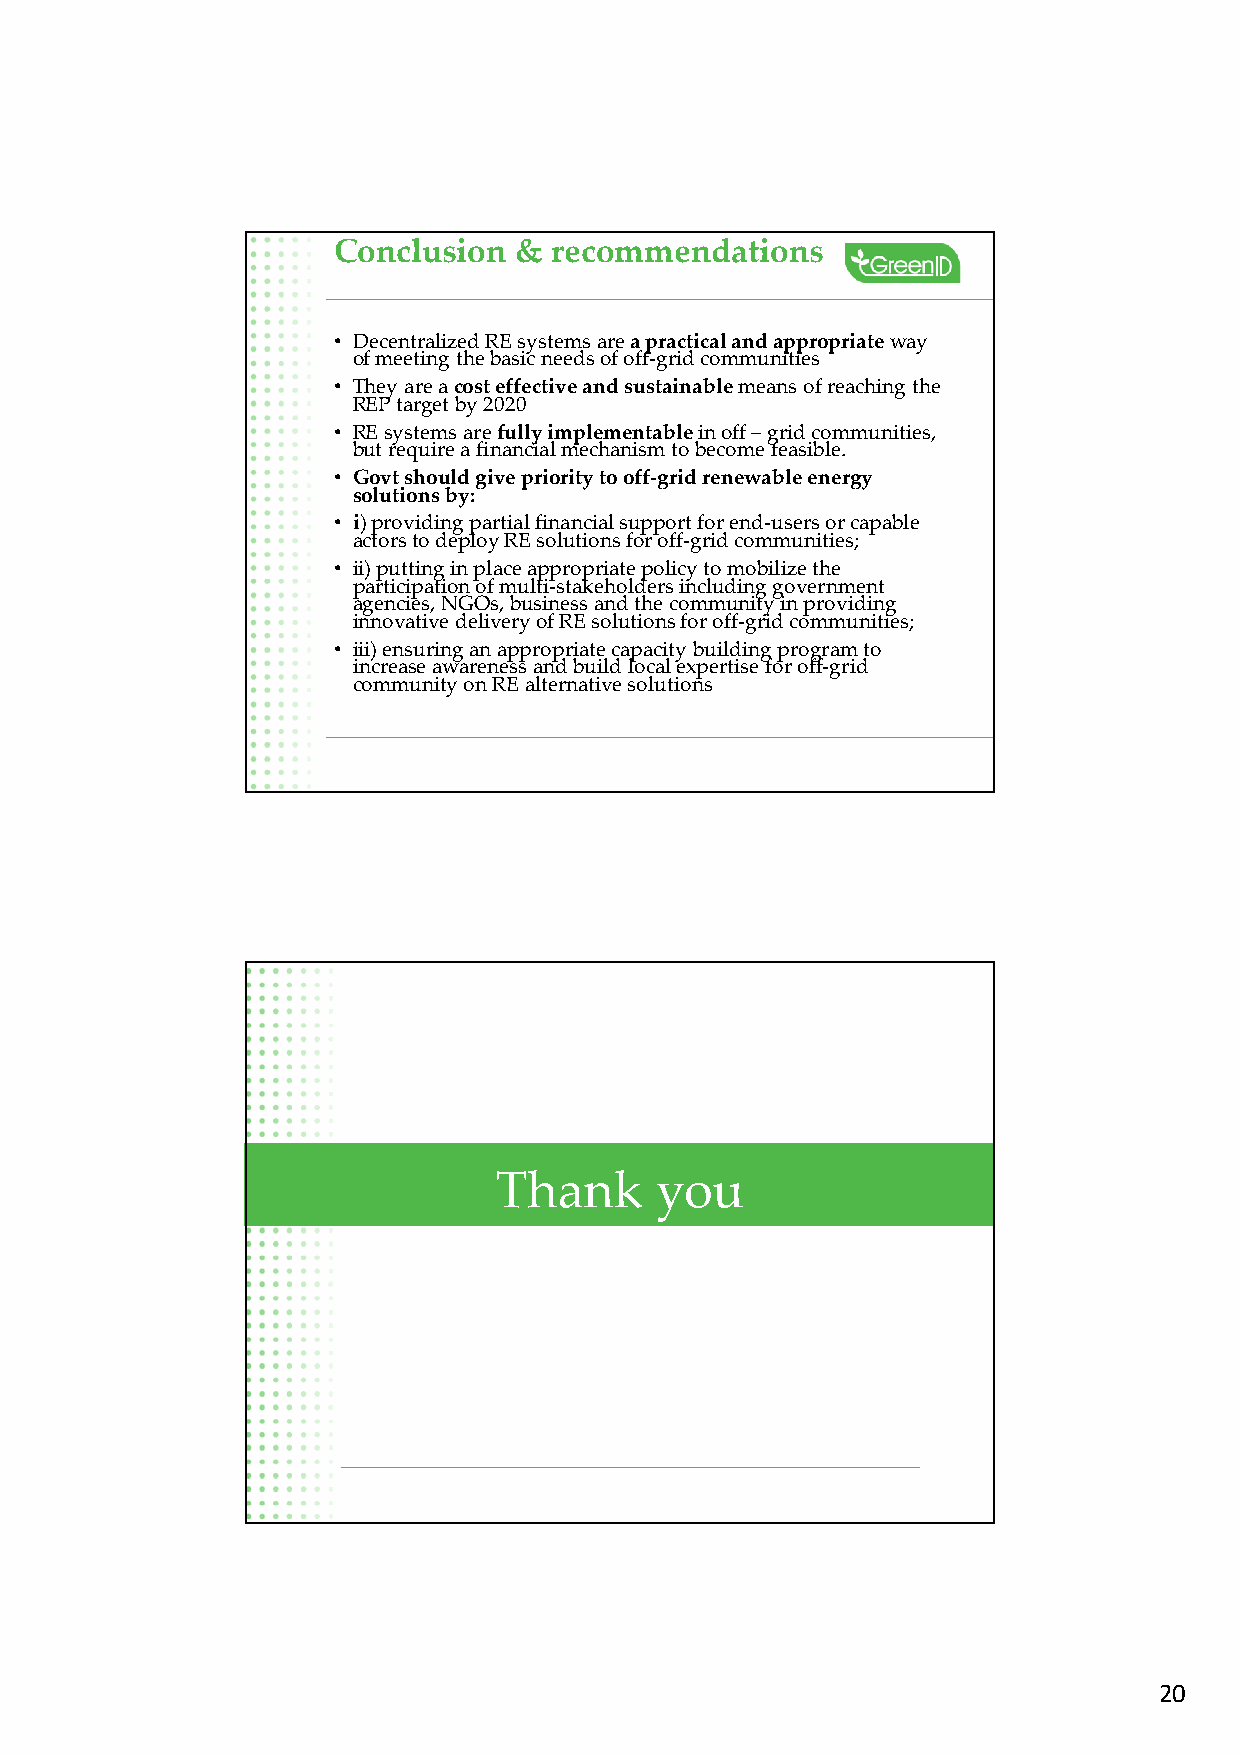
Conclusion  &  recommendations
 • Decentralized RE systems are a practical and appropriateway
 of meeting the basic needs of off-grid communities
 • They are a cost effective and sustainable means of reaching the
 REP target by 2020
 • RE systems are fully implementable in off –grid communities,
 but require a financial mechanism to become feasible.
 • Govtshould give priority to off-grid renewable energy
 solutions by:
 • i) providing partial financial support for end-users or capable
 actors to deploy RE solutions for off-grid communities;
 • ii) putting in place appropriate policy to mobilize the
 participation of multi-stakeholders including government
 agencies, NGOs, business and the community in providing
 innovative delivery of RE solutions for off-grid communities;
 • iii) ensuring an appropriate capacity building program to
 increase awareness and build local expertise for off-grid
 community on RE alternative solutions
 Thank     you
 20